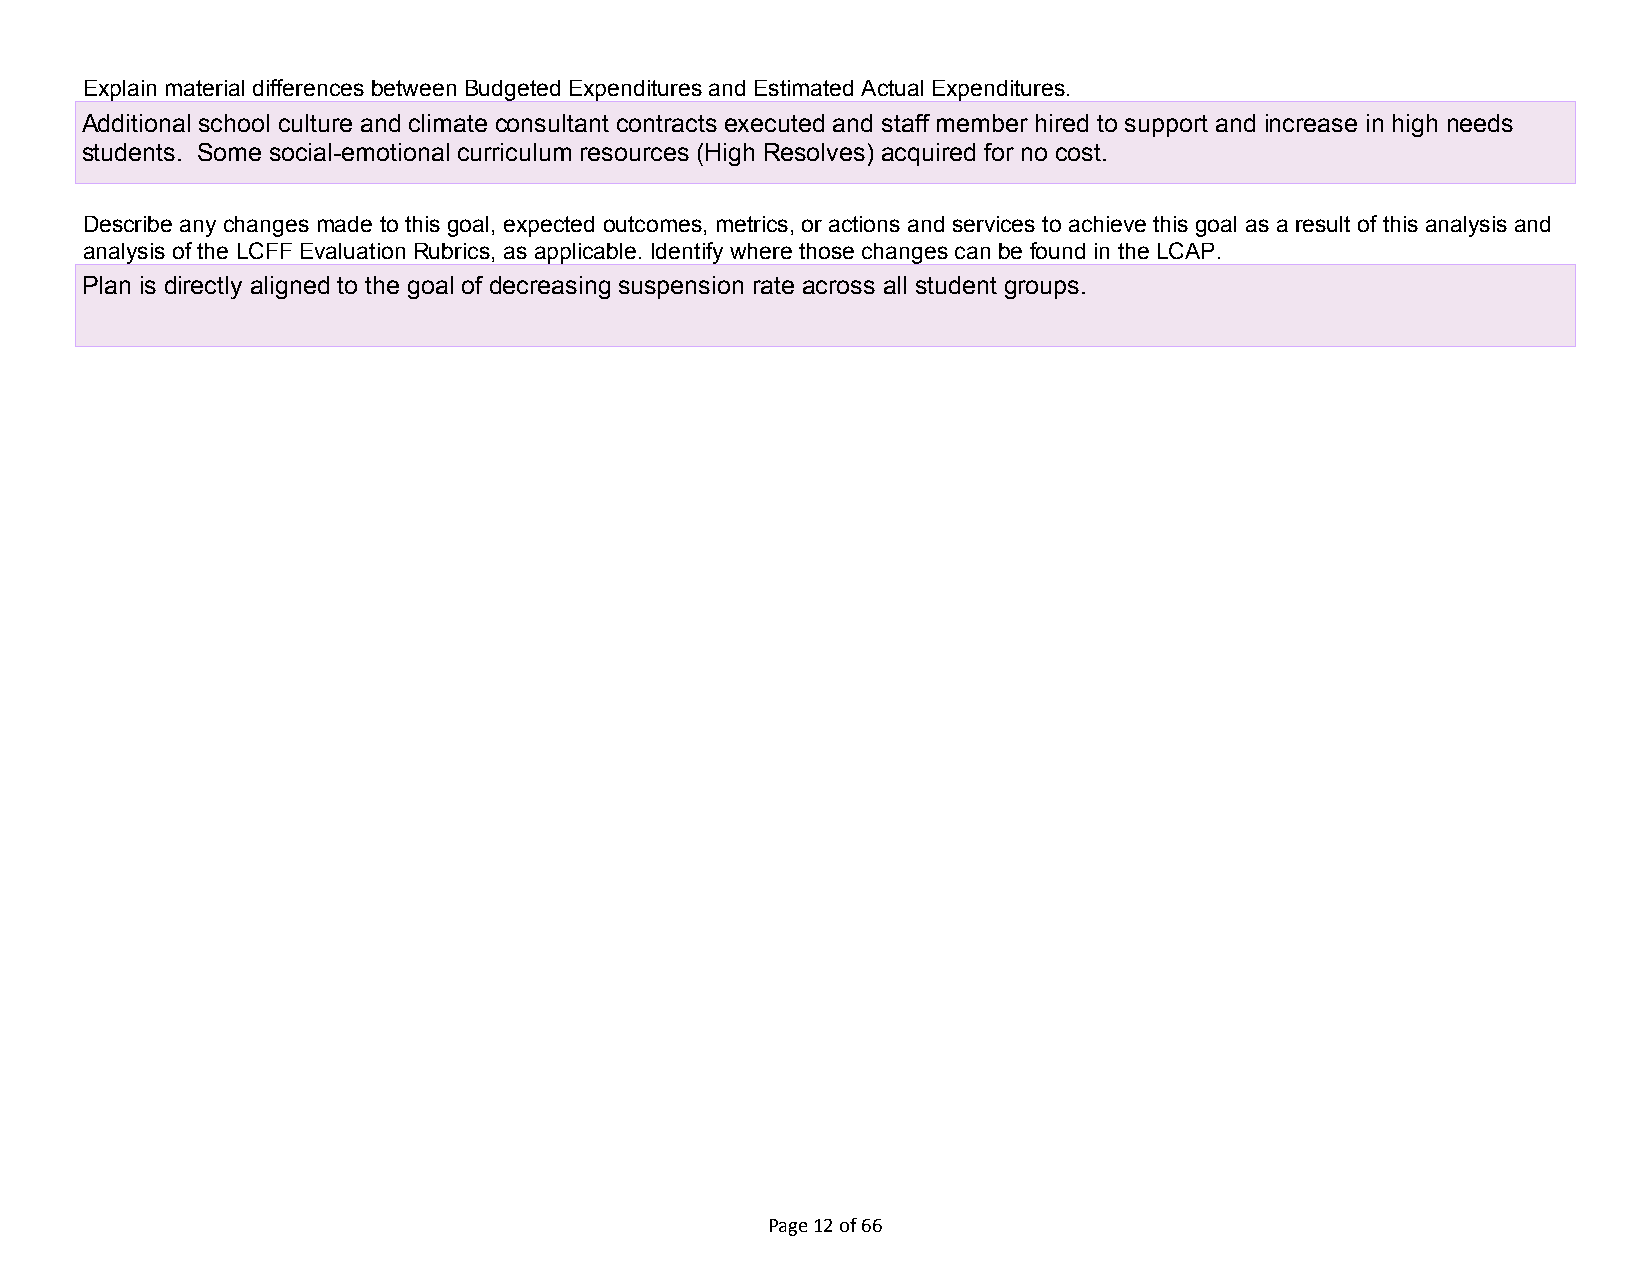
Explain material differences between Budgeted Expenditures and Estimated Actual Expenditures.
 Additional school culture and climate consultant contracts executed and staff member hired to support and increase in high needs
 students. Some social-emotional curriculum resources (High Resolves) acquired for no cost.
 Describe any changes made to this goal, expected outcomes, metrics, or actions and services to achieve this goal as a result of this analysis and
 analysis of the LCFF Evaluation Rubrics, as applicable. Identify where those changes can be found in the LCAP.
 Plan is directly aligned to the goal of decreasing suspension rate across all student groups.
 Page 12 of 66